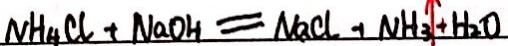
N H _ { 4 } C l + N a O H = N a C l + N H _ { 3 } \uparrow + H _ { 2 } O